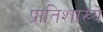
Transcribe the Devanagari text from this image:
प्रातिशाख्ये